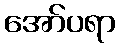
အော်ပရာ